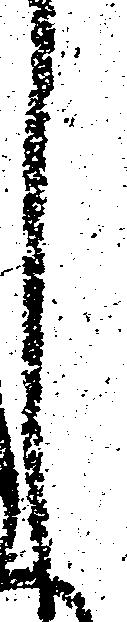
し